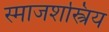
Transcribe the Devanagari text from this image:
स्माजशस्त्रिय